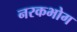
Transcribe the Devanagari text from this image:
नरकभोग